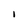
Character: i